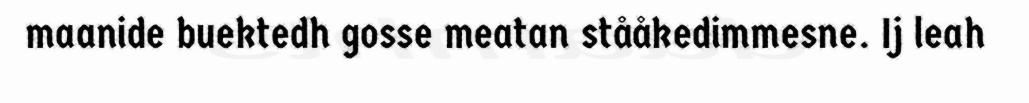
maanide buektedh gosse meatan stååkedimmesne. Ij leah